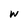
Character: w